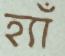
হ্যাঁ